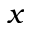
x